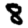
Digit: 8